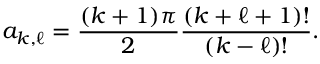
a _ { k , \ell } = \frac { ( k + 1 ) \pi } { 2 } \frac { ( k + \ell + 1 ) ! } { ( k - \ell ) ! } .